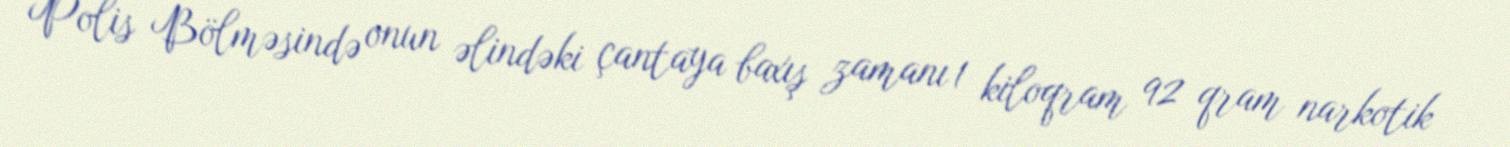
Polis Bölməsində onun əlindəki çantaya baxış zamanı 1 kiloqram 92 qram narkotik